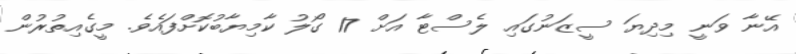
އޭނާ ވަނީ މިދިޔަ ސީޒަނުގައި ލެސްޓާ އަށް 17 ގޯލު ކާމިޔާބުކޮށްފައެވެ. މީގެއިތުރުން